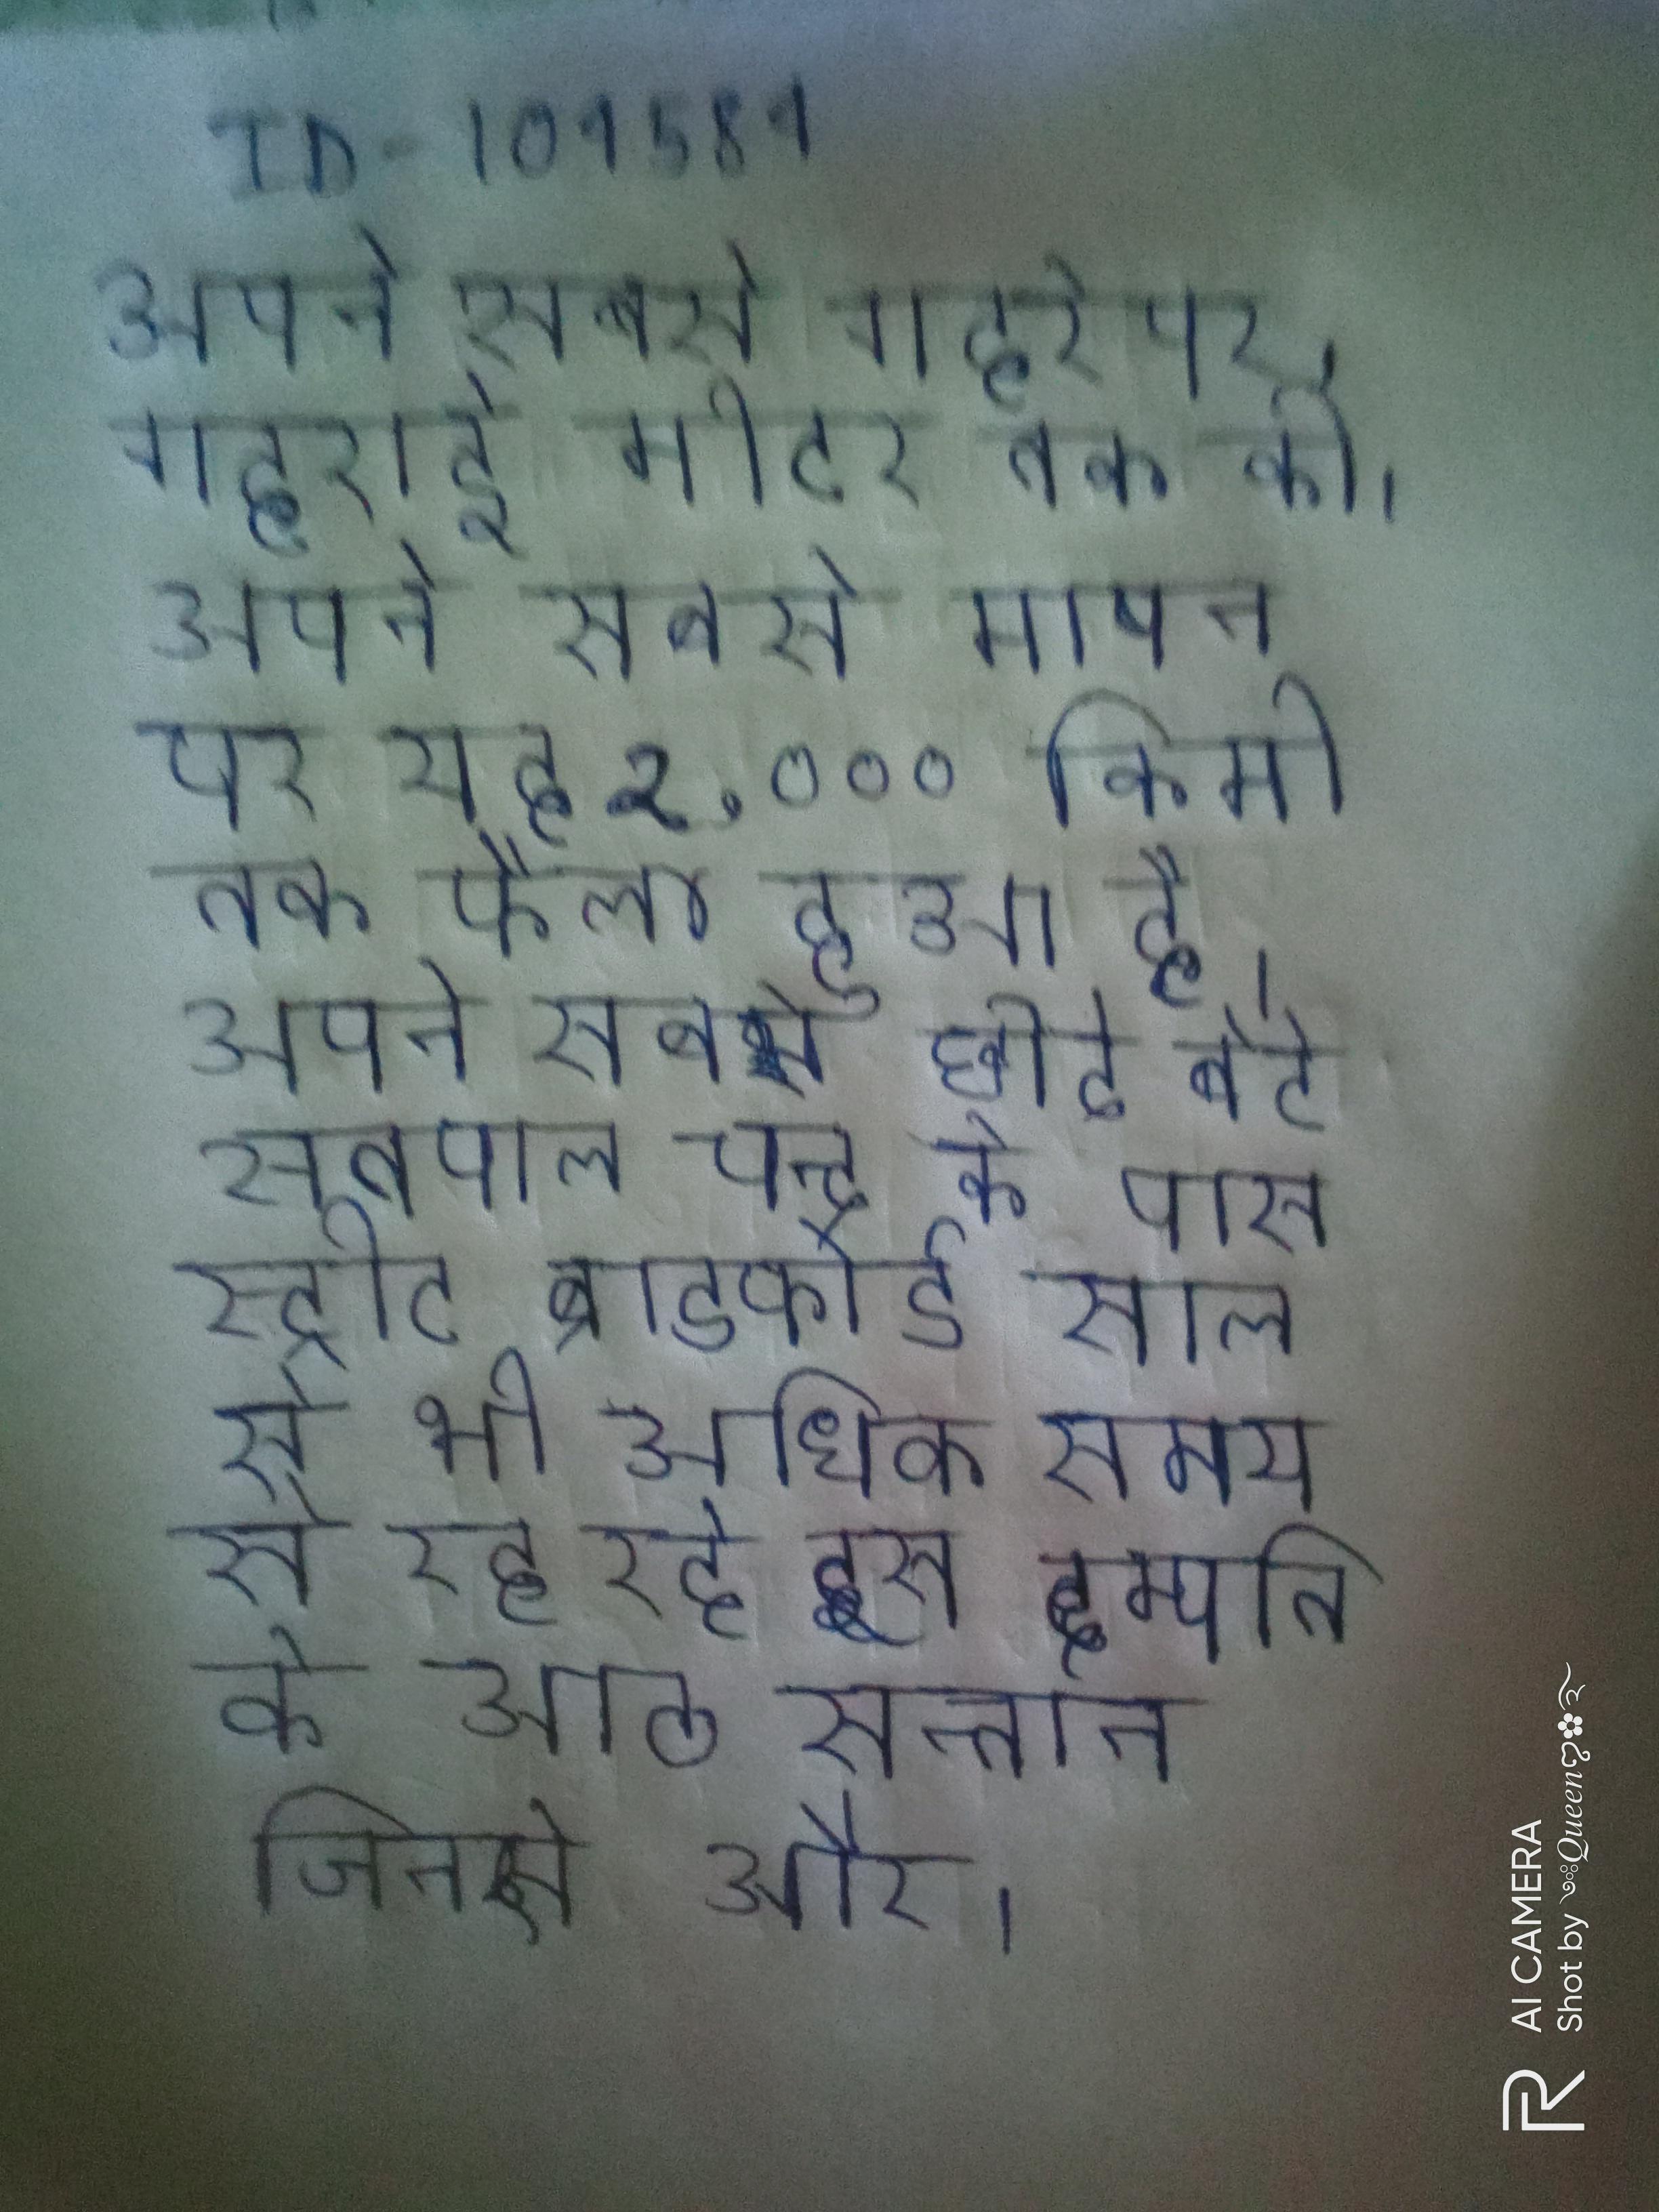
अपने सबसे गहरे पर, गहराई मीटर तक की । अपने सबसे मापन पर यह २,००० किमी तक फैला हुआ है । अपने सबसे छोटे बेटे सतपाल चन्द के पास स्ट्रीट ब्राडफोर्ड साल से भी अधिक समय से रह रहे इस दम्पति के आठ सन्तान जिनसे और ।